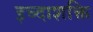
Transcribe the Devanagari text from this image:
इच्दाशक्ति